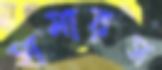
হামারস